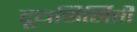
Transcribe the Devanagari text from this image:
दूधनिर्मिती